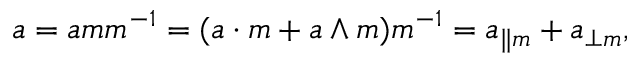
a = a m m ^ { - 1 } = ( a \cdot m + a \wedge m ) m ^ { - 1 } = a _ { \| m } + a _ { \perp m } ,